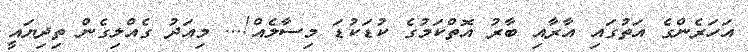
އަހަރެންގެ އަތުގައި އާރާއި ބާރު އޮތްކަމުގެ ކުޑަކުޑަ މިސާލެއް!... މިއަދު ގެއްލިގެން ތިދިޔައީ